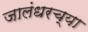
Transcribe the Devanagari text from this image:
जालंधरच्या